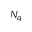
N _ { q }